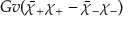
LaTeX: G v ( \bar { \chi } _ { + } \chi _ { + } - \bar { \chi } _ { - } \chi _ { - } )